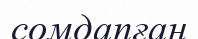
сомдапған